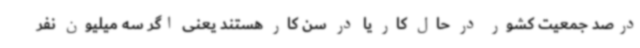
درصد جمعیت کشور در حال کار یا در سن کار هستند یعنی اگر سه میلیون نفر